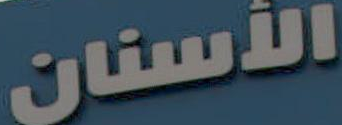
الأسنان